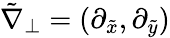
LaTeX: \tilde{\nabla}_{\perp}=(\partial_{\tilde{x}},\partial_{\tilde{y}})